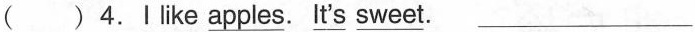
( )4. I like \underline{apples}. \underline{It's} \underline{sweet}. ___